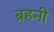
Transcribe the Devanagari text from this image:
ब्रहनी